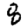
Digit: 8